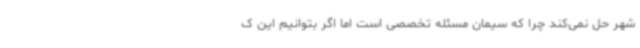
شهر حل نمی‌کند چرا که سیمان مسئله تخصصی است اما اگر بتوانیم این ک